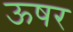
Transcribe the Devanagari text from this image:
ऊषर